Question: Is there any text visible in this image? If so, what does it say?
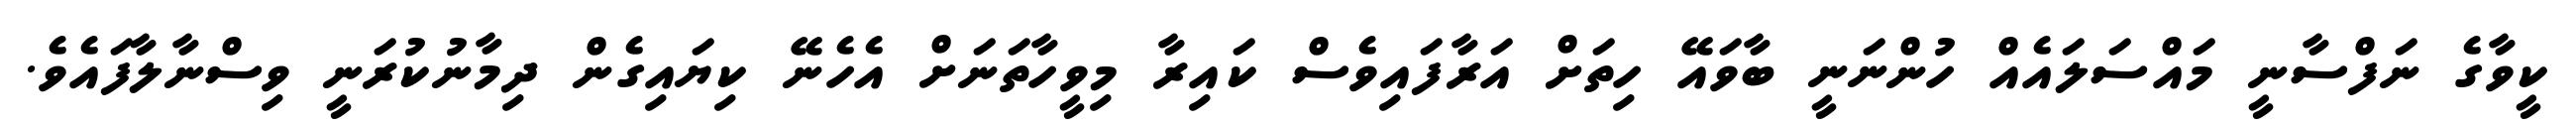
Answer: ކީވާގެ ނަފްސާނީ މައްސަލައެއް ހުންނަނީ ބާވައޭ ހިތަށް އަރާފައިވެސް ކައިރާ މިވީހާތަނަށް އެހެނޭ ކިޔައިގެން ދިމާނުކުރަނީ ވިސްނާލާފައެވެ.